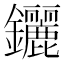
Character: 𨰣